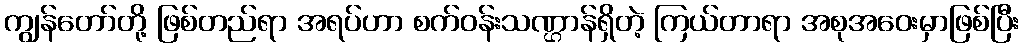
ကျွန်တော်တို့ ဖြစ်တည်ရာ အရပ်ဟာ စက်ဝန်းသဏ္ဌာန်ရှိတဲ့ ကြယ်တာရာ အစုအဝေးမှာဖြစ်ပြီး